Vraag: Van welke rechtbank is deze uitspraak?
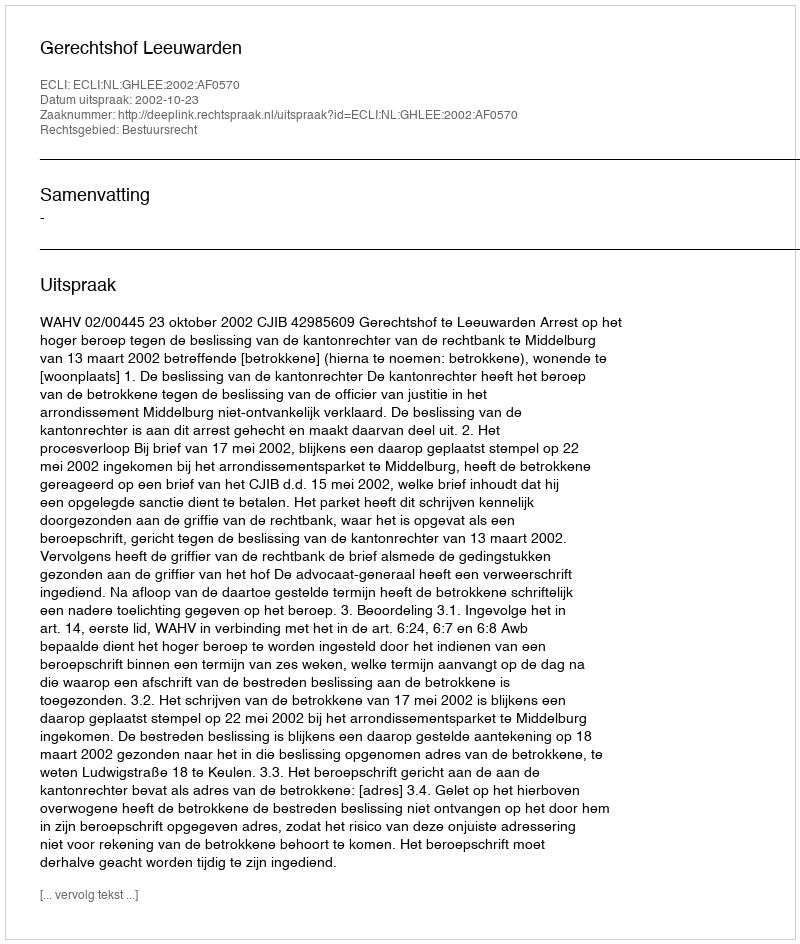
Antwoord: Gerechtshof Leeuwarden